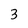
Character: 3